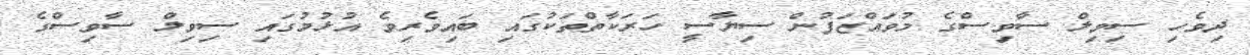
ދިވެހި ސިވިލް ސާވިސްގެ މުވައްޒަފުން ސިޔާސީ ހަރަކާތްތަކުގައި ބައިވެރިވެ އުޅުމުގައި ސިވިލް ސާވިސްގެ